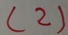
( 2 )